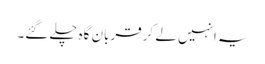
یہ انہیں لے کر قربان گاہ چلے گئے۔